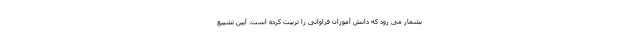
بشمار می رود که دانش آموزان فراوانی را تربیت کرده است. آیین تشییع